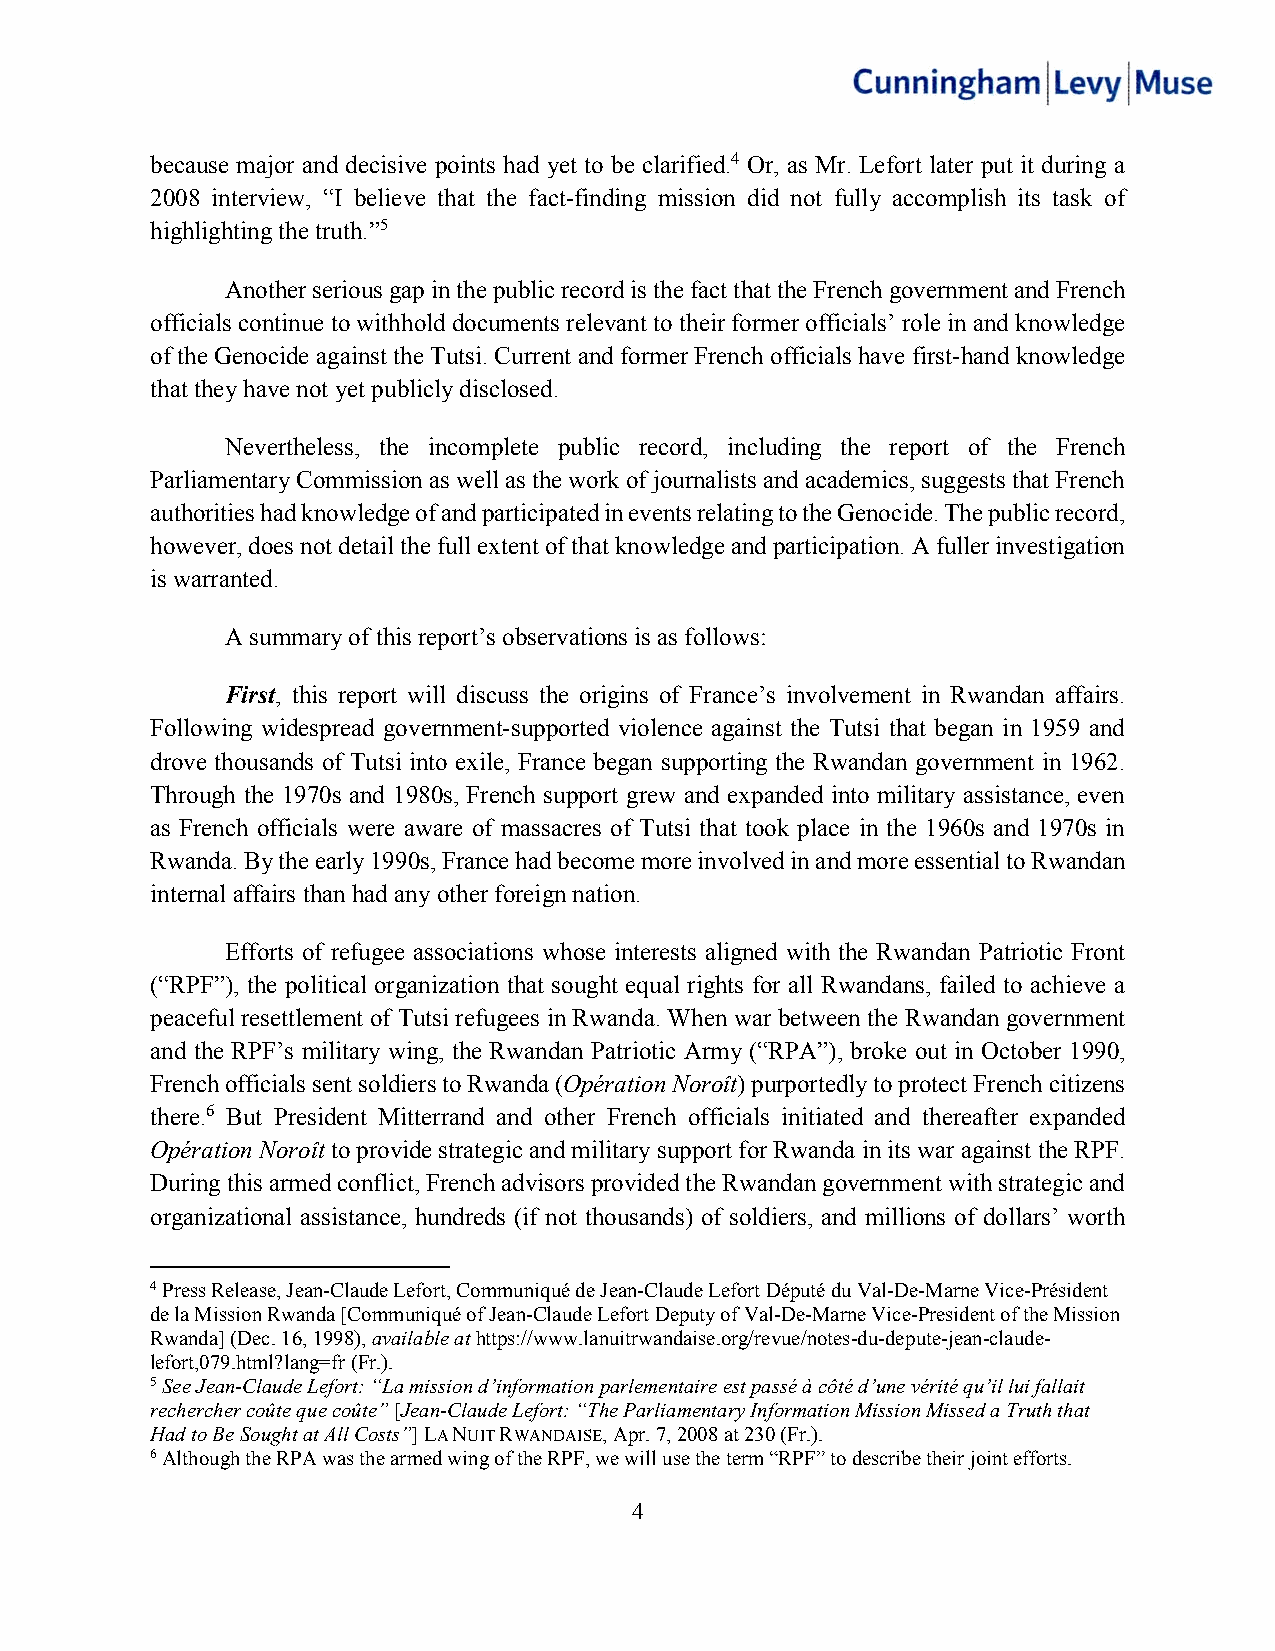
because major and decisive points had yet to be clarified.4 Or, as Mr. Lefort later put it during a
 2008 interview, “I believe that the fact-finding mission did not fully accomplish its task of
 highlighting the truth.”5
 Another serious gap in the public record is the fact that the French government and French
 officials continue to withhold documents relevant to their former officials’ role in and knowledge
 of the Genocide against the Tutsi. Current and former French officials have first-hand knowledge
 that they have not yet publicly disclosed.
 Nevertheless, the incomplete public record, including the report of the French
 Parliamentary Commission as well as the work of journalists and academics, suggests that French
 authorities had knowledge of and participated in events relating to the Genocide. The public record,
 however, does not detail the full extent of that knowledge and participation. A fuller investigation
 is warranted.
 A summary of this report’s observations is as follows:
 First, this report will discuss the origins of France’s involvement in Rwandan affairs.
 Following widespread government-supported violence against the Tutsi that began in 1959 and
 drove thousands of Tutsi into exile, France began supporting the Rwandan government in 1962.
 Through the 1970s and 1980s, French support grew and expanded into military assistance, even
 as French officials were aware of massacres of Tutsi that took place in the 1960s and 1970s in
 Rwanda. By the early 1990s, France had become more involved in and more essential to Rwandan
 internal affairs than had any other foreign nation.
 Efforts of refugee associations whose interests aligned with the Rwandan Patriotic Front
 (“RPF”), the political organization that sought equal rights for all Rwandans, failed to achieve a
 peaceful resettlement of Tutsi refugees in Rwanda. When war between the Rwandan government
 and the RPF’s military wing, the Rwandan Patriotic Army (“RPA”), broke out in October 1990,
 French officials sent soldiers to Rwanda (Opération Noroît) purportedly to protect French citizens
 there.6 But President Mitterrand and other French officials initiated and thereafter expanded
 Opération Noroît to provide strategic and military support for Rwanda in its war against the RPF.
 During this armed conflict, French advisors provided the Rwandan government with strategic and
 organizational assistance, hundreds (if not thousands) of soldiers, and millions of dollars’ worth
 4 Press Release, Jean-Claude Lefort, Communiqué de Jean-Claude Lefort Député du Val-De-Marne Vice-Président
 de la Mission Rwanda [Communiqué of Jean-Claude Lefort Deputy of Val-De-Marne Vice-President of the Mission
 Rwanda] (Dec. 16, 1998), available at https://www.lanuitrwandaise.org/revue/notes-du-depute-jean-claude-
 lefort,079.html?lang=fr (Fr.).
 5 See Jean-Claude Lefort: “La mission d’information parlementaire est passé à côté d’une vérité qu’il lui fallait
 rechercher coûte que coûte” [Jean-Claude Lefort: “The Parliamentary Information Mission Missed a Truth that
 Had to Be Sought at All Costs”] LA NUIT RWANDAISE, Apr. 7, 2008 at 230 (Fr.).
 6 Although the RPA was the armed wing of the RPF, we will use the term “RPF” to describe their joint efforts.
 4